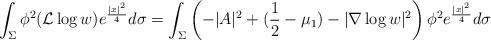
LaTeX: \begin{align*}\int_{\Sigma}\phi^2(\mathcal{L}\log w)e^{\frac{|x|^2}{4}}d\sigma&= \int_{\Sigma}\left(-|A|^2+(\dfrac12-\mu_1)-|\nabla \log w|^2\right)\phi^2e^{\frac{|x|^2}{4}}d\sigma\\\end{align*}